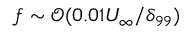
f \sim \mathcal { O } ( 0 . 0 1 U _ { \infty } / \delta _ { 9 9 } )